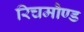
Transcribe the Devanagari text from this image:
रिचमौण्ड